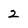
Character: 2